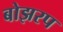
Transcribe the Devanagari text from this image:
बोझरप